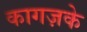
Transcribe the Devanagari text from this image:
कागज़के